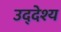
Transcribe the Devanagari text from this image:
उद्‌देश्‍य